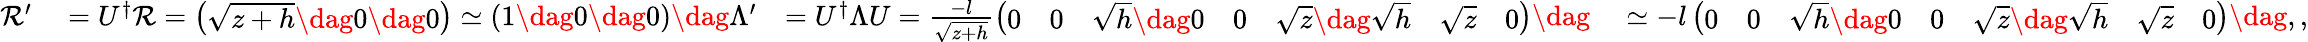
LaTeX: \begin{array}{rlrl}{\mathcal{R}^{\prime}}&{{}=U^{\dagger}\mathcal{R}=\left(\begin{array}{l}{\sqrt{z+h}\dag 0\dag 0}\end{array}\right)\simeq\left(\begin{array}{l}{1\dag 0\dag 0}\end{array}\right)\dag\Lambda^{\prime}}&{=U^{\dagger}\Lambda U=\frac{-l}{\sqrt{z+h}}\left(\begin{array}{lllllll}{0}&{0}&{\sqrt{h}\dag 0}&{0}&{\sqrt{z}\dag\sqrt{h}}&{\sqrt{z}}&{0}\end{array}\right)\dag}&{{}\simeq-l\left(\begin{array}{lllllll}{0}&{0}&{\sqrt{h}\dag 0}&{0}&{\sqrt{z}\dag\sqrt{h}}&{\sqrt{z}}&{0}\end{array}\right)\dag,,}\end{array}